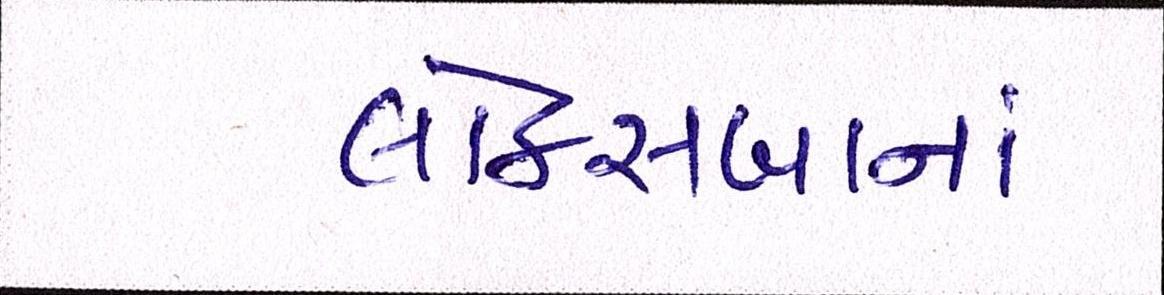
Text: લોકસબાનાં